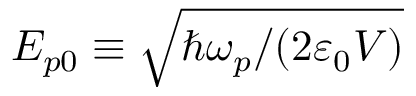
{ \cal E } _ { p 0 } \equiv \sqrt { \hbar \omega _ { p } / ( 2 \varepsilon _ { 0 } V ) }